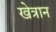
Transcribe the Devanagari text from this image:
खेत्रान